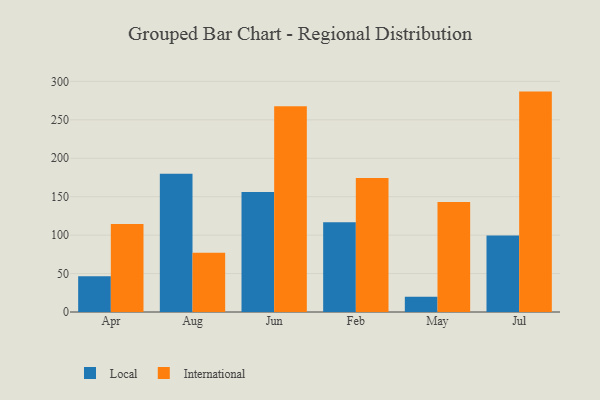
{"axis": {"x": "Month", "y": "Latency (ms)"}, "legend": ["International", "Local"], "data": [{"x": "Apr", "y": 46.5, "type": "Local"}, {"x": "Apr", "y": 114.5, "type": "International"}, {"x": "Aug", "y": 179.8, "type": "Local"}, {"x": "Aug", "y": 77.1, "type": "International"}, {"x": "Jun", "y": 156.1, "type": "Local"}, {"x": "Jun", "y": 267.5, "type": "International"}, {"x": "Feb", "y": 116.7, "type": "Local"}, {"x": "Feb", "y": 174.2, "type": "International"}, {"x": "May", "y": 20.0, "type": "Local"}, {"x": "May", "y": 143.0, "type": "International"}, {"x": "Jul", "y": 99.5, "type": "Local"}, {"x": "Jul", "y": 286.7, "type": "International"}]}